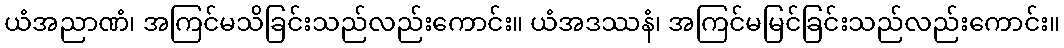
ယံအညာဏံ၊ အကြင်မသိခြင်းသည်လည်းကောင်း။ ယံအဒဿနံ၊ အကြင်မမြင်ခြင်းသည်လည်းကောင်း။